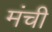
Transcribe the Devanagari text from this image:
मंची